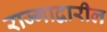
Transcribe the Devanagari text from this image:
राज्गाद्वारील